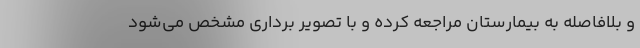
و بلافاصله به بیمارستان مراجعه کرده و با تصویر برداری مشخص می‌شود